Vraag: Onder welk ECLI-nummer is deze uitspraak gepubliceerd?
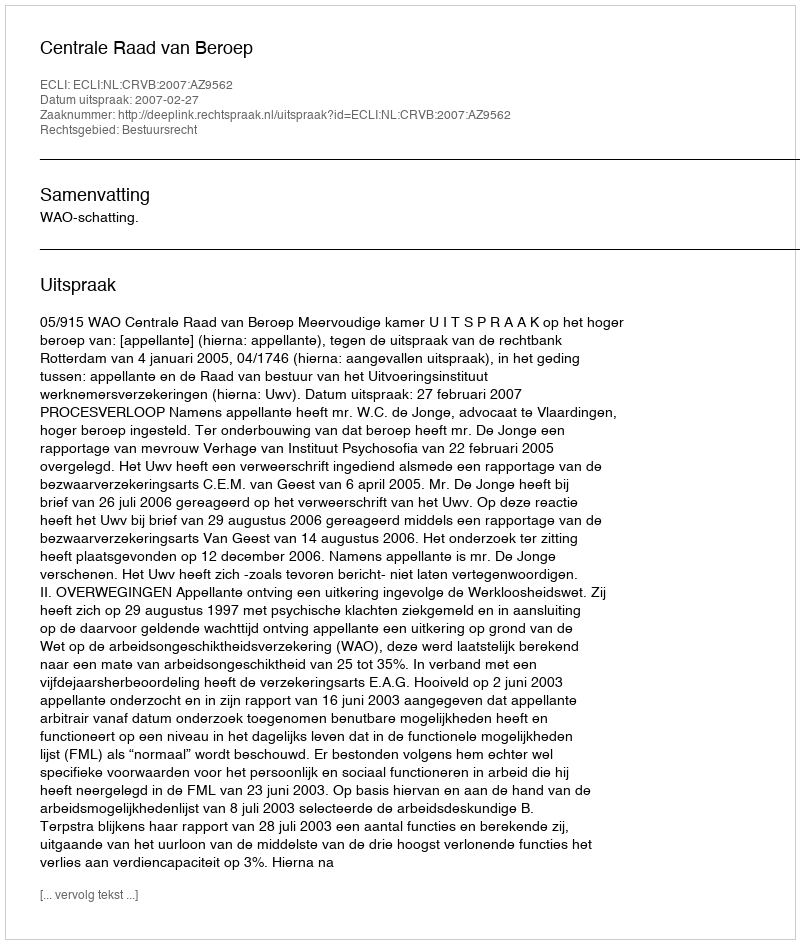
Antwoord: ECLI:NL:CRVB:2007:AZ9562